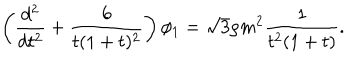
LaTeX: \left( \frac { d ^ { 2 } } { d t ^ { 2 } } + \frac { 6 } { t ( 1 + t ) ^ { 2 } } \right) \phi _ { 1 } = \sqrt { 3 } \rho m ^ { 2 } \frac { 1 } { t ^ { 2 } ( 1 + t ) } .